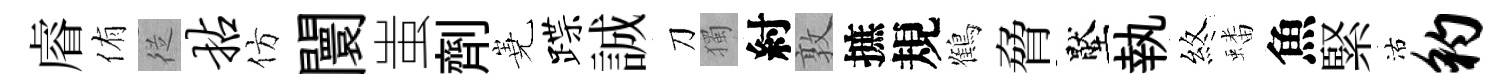
𥈠侑従拈仿闤蚩劑嶤蹀誠刀獨紂敦摭規鶴脅壓執煞蟠魚緊沽豹